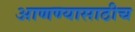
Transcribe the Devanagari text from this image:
आणण्यासाठीच